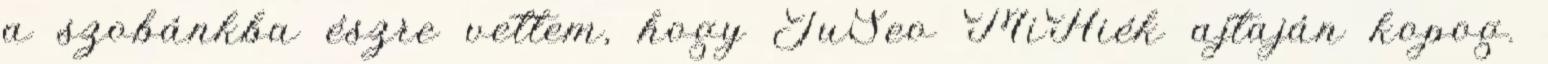
a szobánkba észre vettem, hogy JuSeo MiHiék ajtaján kopog.